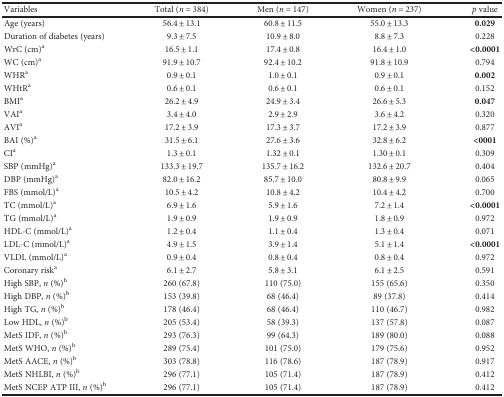
<table><thead><tr><td><b>Variables</b></td><td><b>Total (<i>n</i> = 384)</b></td><td><b>Men (<i>n</i> = 147)</b></td><td><b>Women (<i>n</i> = 237)</b></td><td><b><i>p</i> value</b></td></tr></thead><tbody><tr><td>Age (years)</td><td>56.4 ± 13.1</td><td>60.8 ± 11.5</td><td>55.0 ± 13.3</td><td><b>0.029</b></td></tr><tr><td>Duration of diabetes (years)</td><td>9.3 ± 7.5</td><td>10.9 ± 8.0</td><td>8.8 ± 7.3</td><td>0.228</td></tr><tr><td>WrC (cm)<sup>a</sup></td><td>16.5 ± 1.1</td><td>17.4 ± 0.8</td><td>16.4 ± 1.0</td><td><b>&lt;0.0001</b></td></tr><tr><td>WC (cm)<sup>a</sup></td><td>91.9 ± 10.7</td><td>92.4 ± 10.2</td><td>91.8 ± 10.9</td><td>0.794</td></tr><tr><td>WHR<sup>a</sup></td><td>0.9 ± 0.1</td><td>1.0 ± 0.1</td><td>0.9 ± 0.1</td><td><b>0.002</b></td></tr><tr><td>WHtR<sup>a</sup></td><td>0.6 ± 0.1</td><td>0.6 ± 0.1</td><td>0.6 ± 0.1</td><td>0.152</td></tr><tr><td>BMI<sup>a</sup></td><td>26.2 ± 4.9</td><td>24.9 ± 3.4</td><td>26.6 ± 5.3</td><td><b>0.047</b></td></tr><tr><td>VAI<sup>a</sup></td><td>3.4 ± 4.0</td><td>2.9 ± 2.9</td><td>3.6 ± 4.2</td><td>0.320</td></tr><tr><td>AVI<sup>a</sup></td><td>17.2 ± 3.9</td><td>17.3 ± 3.7</td><td>17.2 ± 3.9</td><td>0.877</td></tr><tr><td>BAI (%)<sup>a</sup></td><td>31.5 ± 6.1</td><td>27.6 ± 3.6</td><td>32.8 ± 6.2</td><td><b>&lt;0001</b></td></tr><tr><td>CI<sup>a</sup></td><td>1.3 ± 0.1</td><td>1.32 ± 0.1</td><td>1.30 ± 0.1</td><td>0.309</td></tr><tr><td>SBP (mmHg)<sup>a</sup></td><td>133.3 ± 19.7</td><td>135.7 ± 16.2</td><td>132.6 ± 20.7</td><td>0.404</td></tr><tr><td>DBP (mmHg)<sup>a</sup></td><td>82.0 ± 16.2</td><td>85.7 ± 10.0</td><td>80.8 ± 9.9</td><td>0.065</td></tr><tr><td>FBS (mmol/L)<sup>a</sup></td><td>10.5 ± 4.2</td><td>10.8 ± 4.2</td><td>10.4 ± 4.2</td><td>0.700</td></tr><tr><td>TC (mmol/L)<sup>a</sup></td><td>6.9 ± 1.6</td><td>5.9 ± 1.6</td><td>7.2 ± 1.4</td><td><b>&lt;0.0001</b></td></tr><tr><td>TG (mmol/L)<sup>a</sup></td><td>1.9 ± 0.9</td><td>1.9 ± 0.9</td><td>1.8 ± 0.9</td><td>0.972</td></tr><tr><td>HDL-C (mmol/L)<sup>a</sup></td><td>1.2 ± 0.4</td><td>1.1 ± 0.4</td><td>1.3 ± 0.4</td><td>0.071</td></tr><tr><td>LDL-C (mmol/L)<sup>a</sup></td><td>4.9 ± 1.5</td><td>3.9 ± 1.4</td><td>5.1 ± 1.4</td><td><b>&lt;0.0001</b></td></tr><tr><td>VLDL (mmol/L)<sup>a</sup></td><td>0.9 ± 0.4</td><td>0.8 ± 0.4</td><td>0.8 ± 0.4</td><td>0.972</td></tr><tr><td>Coronary risk<sup>a</sup></td><td>6.1 ± 2.7</td><td>5.8 ± 3.1</td><td>6.1 ± 2.5</td><td>0.591</td></tr><tr><td>High SBP, <i>n</i> (%)<sup>b</sup></td><td>260 (67.8)</td><td>110 (75.0)</td><td>155 (65.6)</td><td>0.350</td></tr><tr><td>High DBP, <i>n</i> (%)<sup>b</sup></td><td>153 (39.8)</td><td>68 (46.4)</td><td>89 (37.8)</td><td>0.414</td></tr><tr><td>High TG, <i>n</i> (%)<sup>b</sup></td><td>178 (46.4)</td><td>68 (46.4)</td><td>110 (46.7)</td><td>0.982</td></tr><tr><td>Low HDL, <i>n</i> (%)<sup>b</sup></td><td>205 (53.4)</td><td>58 (39.3)</td><td>137 (57.8)</td><td>0.087</td></tr><tr><td>MetS IDF, <i>n</i> (%)<sup>b</sup></td><td>293 (76.3)</td><td>99 (64.3)</td><td>189 (80.0)</td><td>0.088</td></tr><tr><td>MetS WHO, <i>n</i> (%)<sup>b</sup></td><td>289 (75.4)</td><td>101 (75.0)</td><td>179 (75.6)</td><td>0.952</td></tr><tr><td>MetS AACE, <i>n</i> (%)<sup>b</sup></td><td>303 (78.8)</td><td>116 (78.6)</td><td>187 (78.9)</td><td>0.917</td></tr><tr><td>MetS NHLBI, <i>n</i> (%)<sup>b</sup></td><td>296 (77.1)</td><td>105 (71.4)</td><td>187 (78.9)</td><td>0.412</td></tr><tr><td>MetS NCEP ATP III, <i>n</i> (%)<sup>b</sup></td><td>296 (77.1)</td><td>105 (71.4)</td><td>187 (78.9)</td><td>0.412</td></tr></tbody></table>